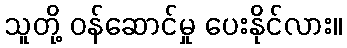
သူတို့ ဝန်ဆောင်မှု ပေးနိုင်လား။